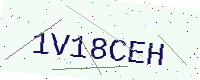
Text: 1V18CEH